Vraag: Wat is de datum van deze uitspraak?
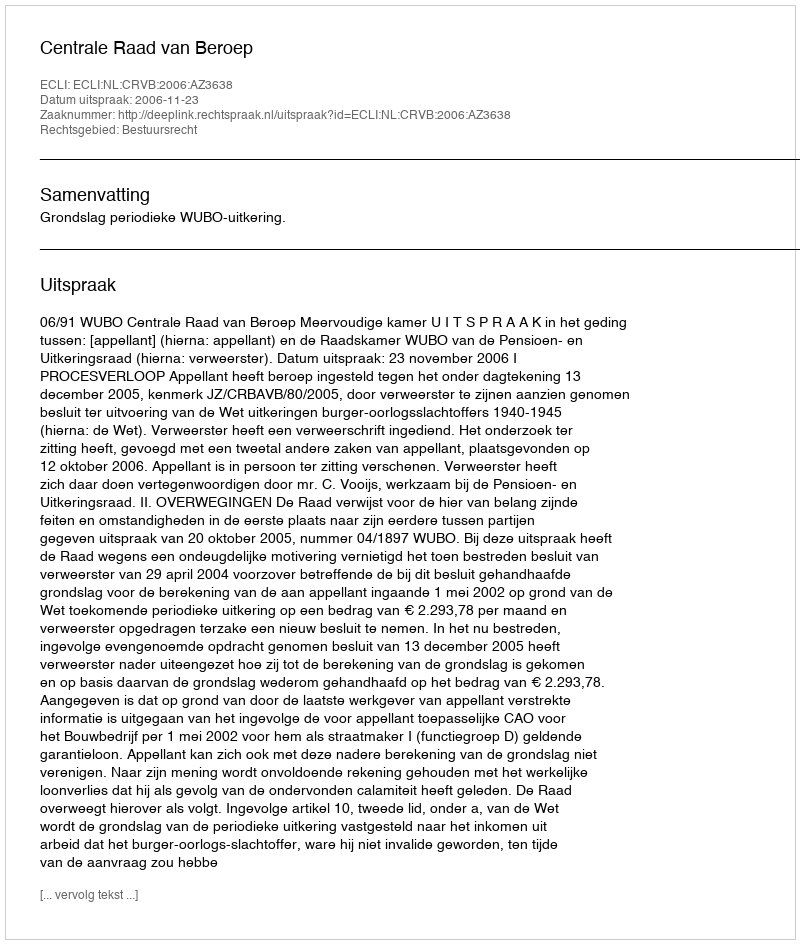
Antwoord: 2006-11-23